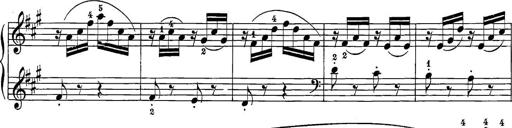
Title: 12 Sonatine per Pianoforte
Composer: Friedrich Kuhlau